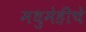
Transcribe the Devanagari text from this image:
मधुमेहींचे